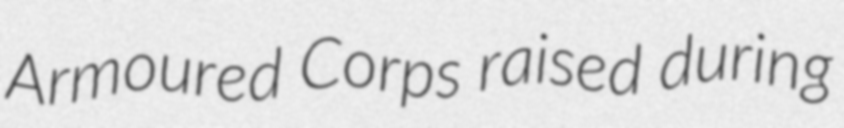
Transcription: Armoured Corps raised during